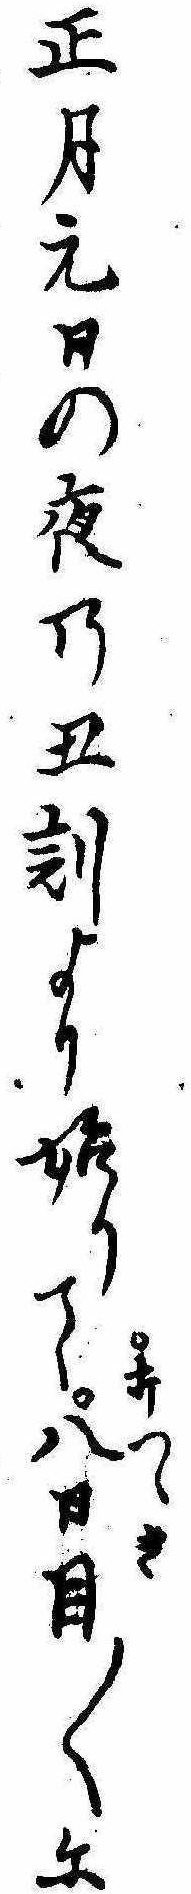
正月元日の夜の丑刻より始りて打つゝき八日目〱に